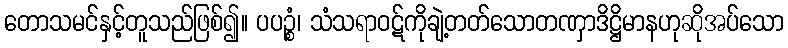
တောသမင်နှင့်တူသည်ဖြစ်၍။ ပပဉ္စံ၊ သံသရာဝဋ်ကိုချဲ့တတ်သောတဏှာဒိဋ္ဌိမာနဟုဆိုအပ်သော